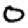
Digit: 0